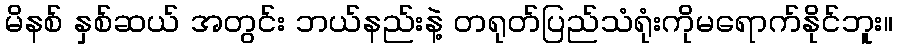
မိနစ် နှစ်ဆယ် အတွင်း ဘယ်နည်းနဲ့ တရုတ်ပြည်သံရုံးကိုမရောက်နိုင်ဘူး။